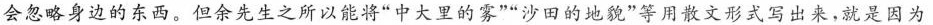
会忽略身边的东西，但余先生之所以能将”中大里的雾””沙田的地貌”等用散文形式写出来，就是因为